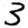
Digit: 3